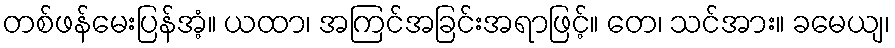
တစ်ဖန်မေးပြန်အံ့။ ယထာ၊ အကြင်အခြင်းအရာဖြင့်။ တေ၊ သင်အား။ ခမေယျ၊